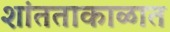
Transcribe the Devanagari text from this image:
शांतताकाळात